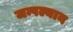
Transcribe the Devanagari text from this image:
जन्पल्यान